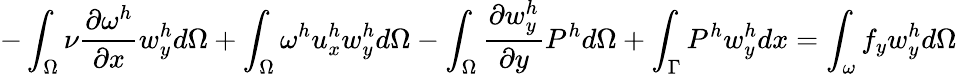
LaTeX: -\int_{\Omega}\nu\frac{\partial\omega^{h}}{\partial x}w_{y}^{h}d\Omega+\int_{\Omega}\omega^{h}u_{x}^{h}w_{y}^{h}d\Omega-\int_{\Omega}\frac{\partial w_{y}^{h}}{\partial y}P^{h}d\Omega+\int_{\Gamma}P^{h}w_{y}^{h}dx=\int_{\omega}f_{y}w_{y}^{h}d\Omega